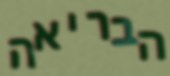
הבריאה